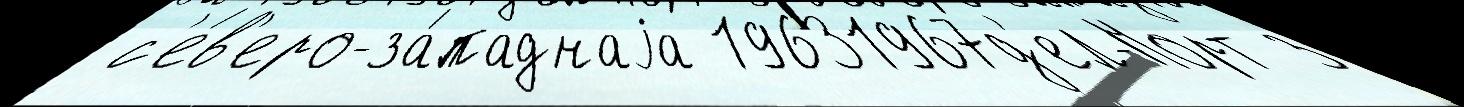
 с'е́в'еро-за́паднаjа 19631967д'ел-Норт з